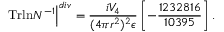
\left. \mathrm { T r l n } N ^ { - 1 } \right\vert ^ { d i v } = \frac { i V _ { 4 } } { ( 4 \pi r ^ { 2 } ) ^ { 2 } \epsilon } \left[ - \frac { 1 2 3 2 8 1 6 } { 1 0 3 9 5 } \right] .